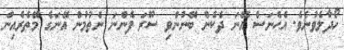
ހޯދާލެވުނެވެ. އެހެނަސް އޭނަ ދެކެން ބޭނުންވި ސޫރަ ފެންނަ ނެތުމުން އޭނަގެ މޭތެރެއިން